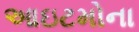
આઇટમોના